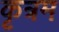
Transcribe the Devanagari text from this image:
कृत्रम